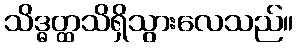
သိဒ္ဓတ္ထသိရှိသွားလေသည်။